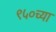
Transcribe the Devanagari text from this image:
९५०च्या